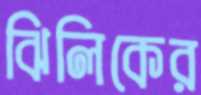
ঝিলিকের